65_HS1-834228961_62-HQ-83894_Section_6
Agency: FBI
Page 193
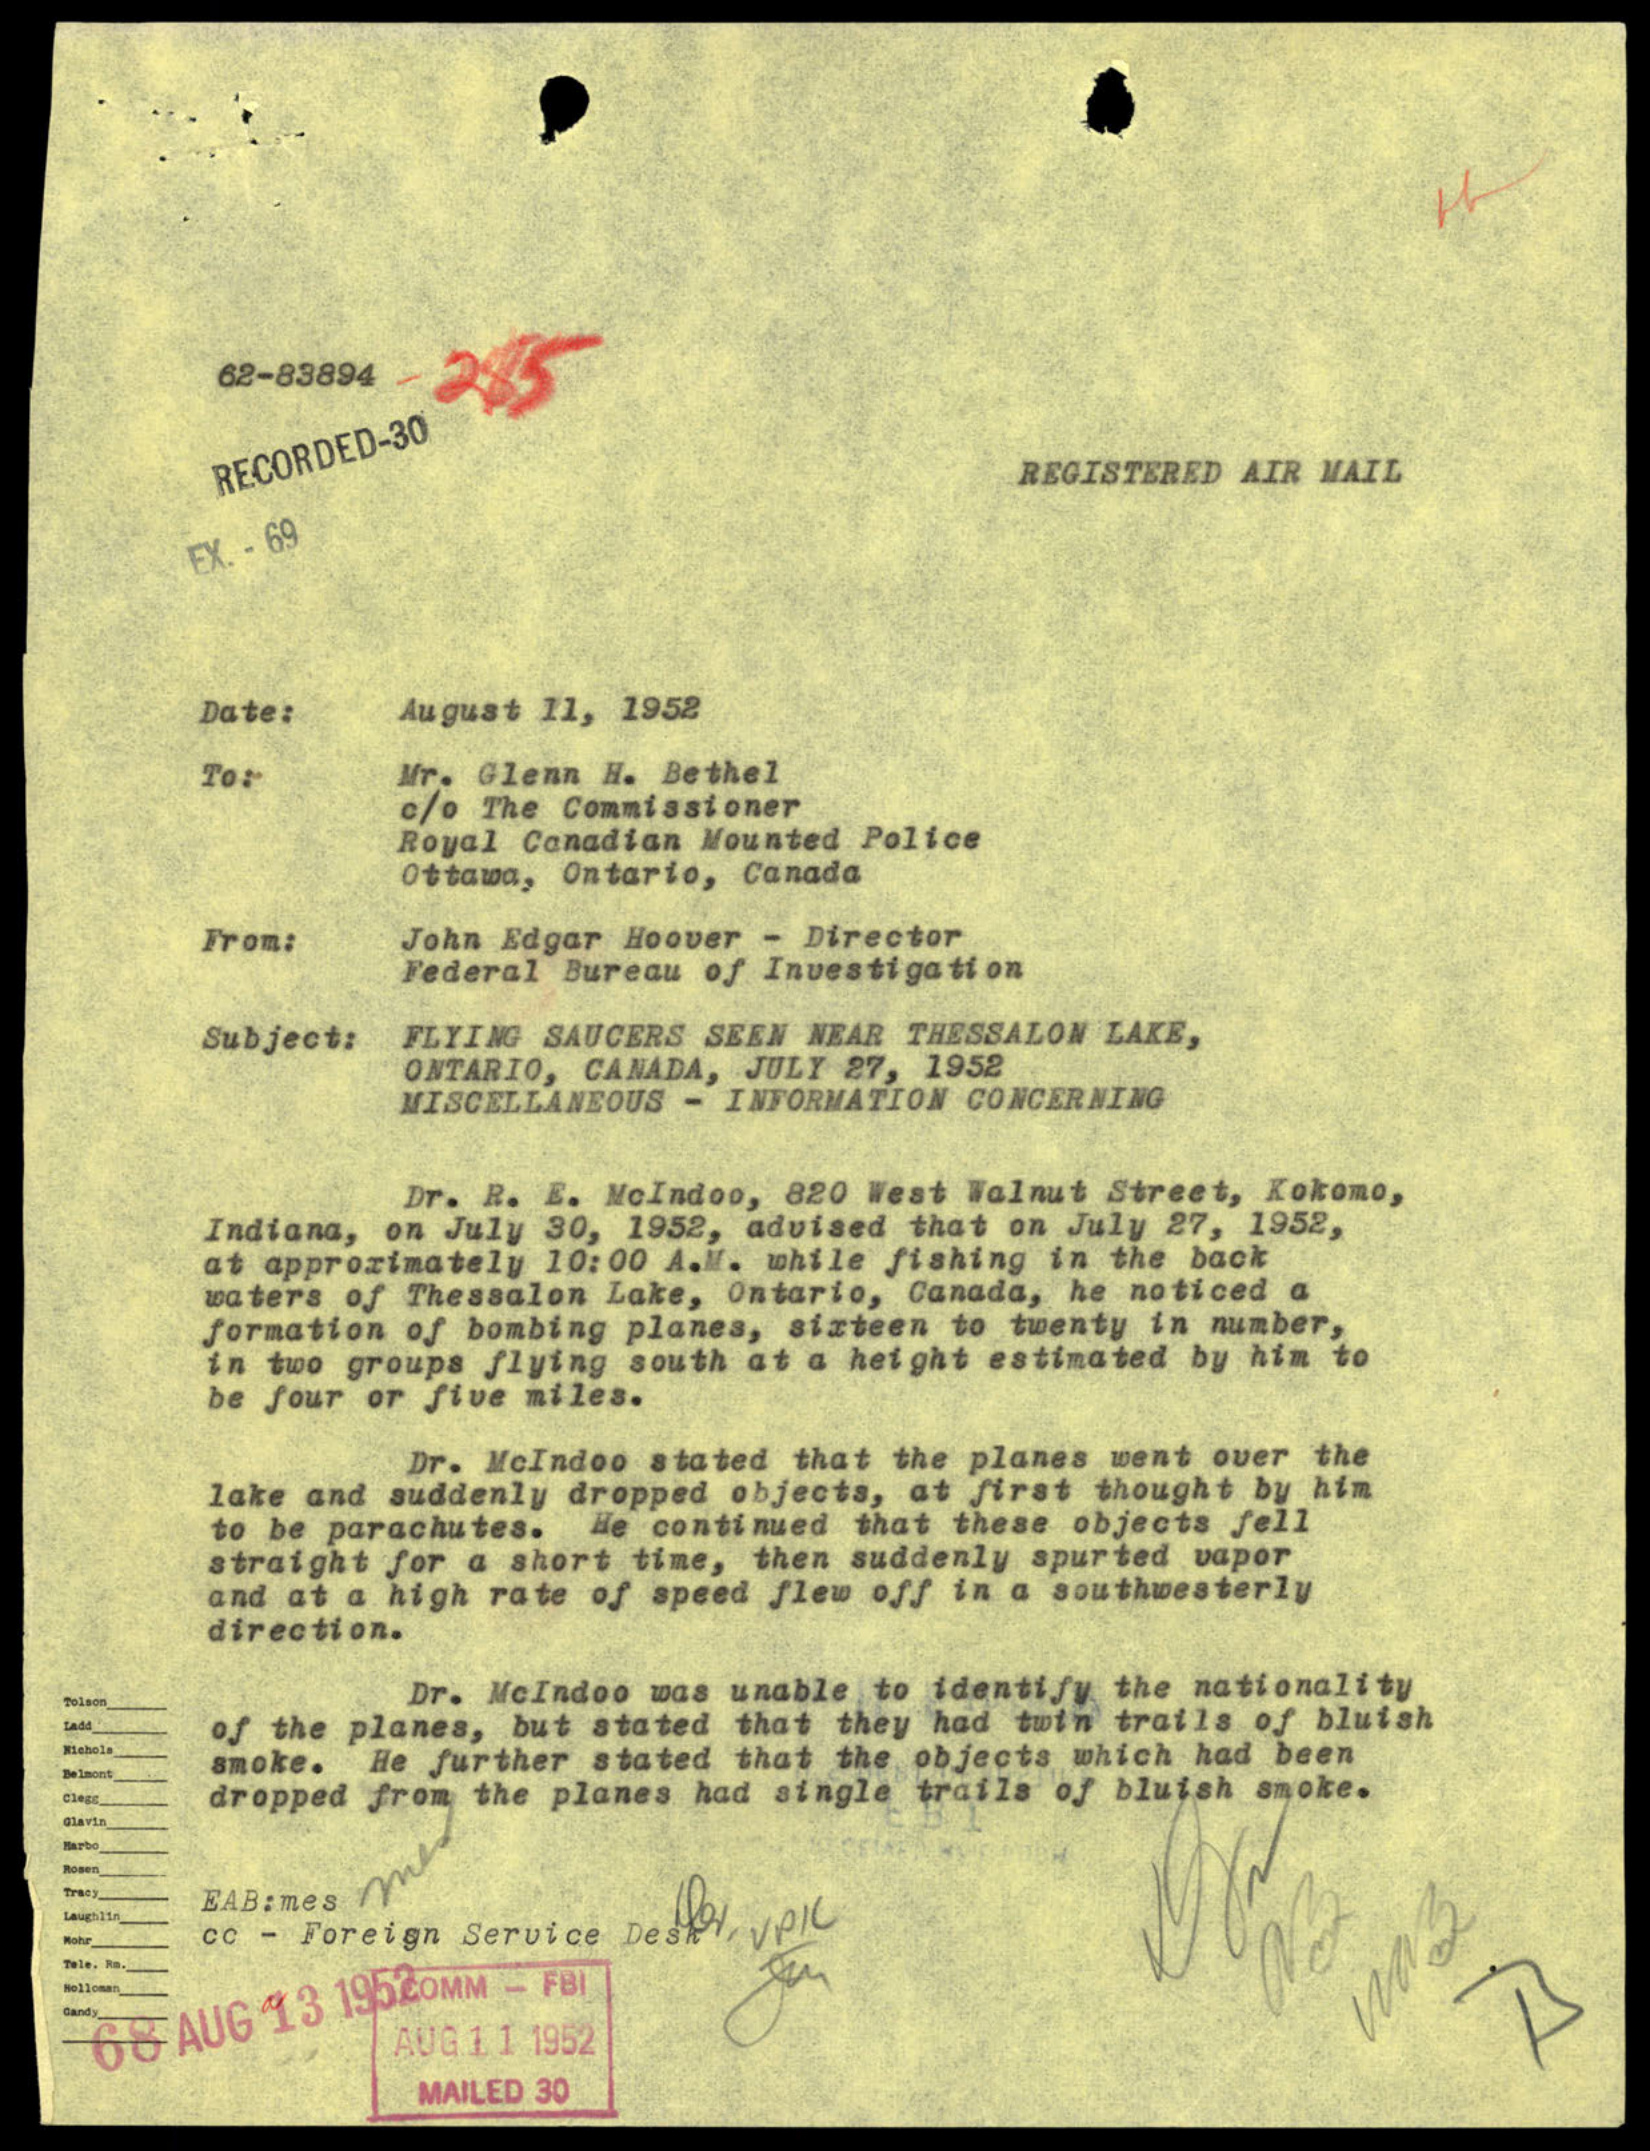